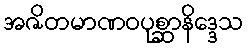
အဇိတမာဏဝပုစ္ဆာနိဒ္ဒေသ